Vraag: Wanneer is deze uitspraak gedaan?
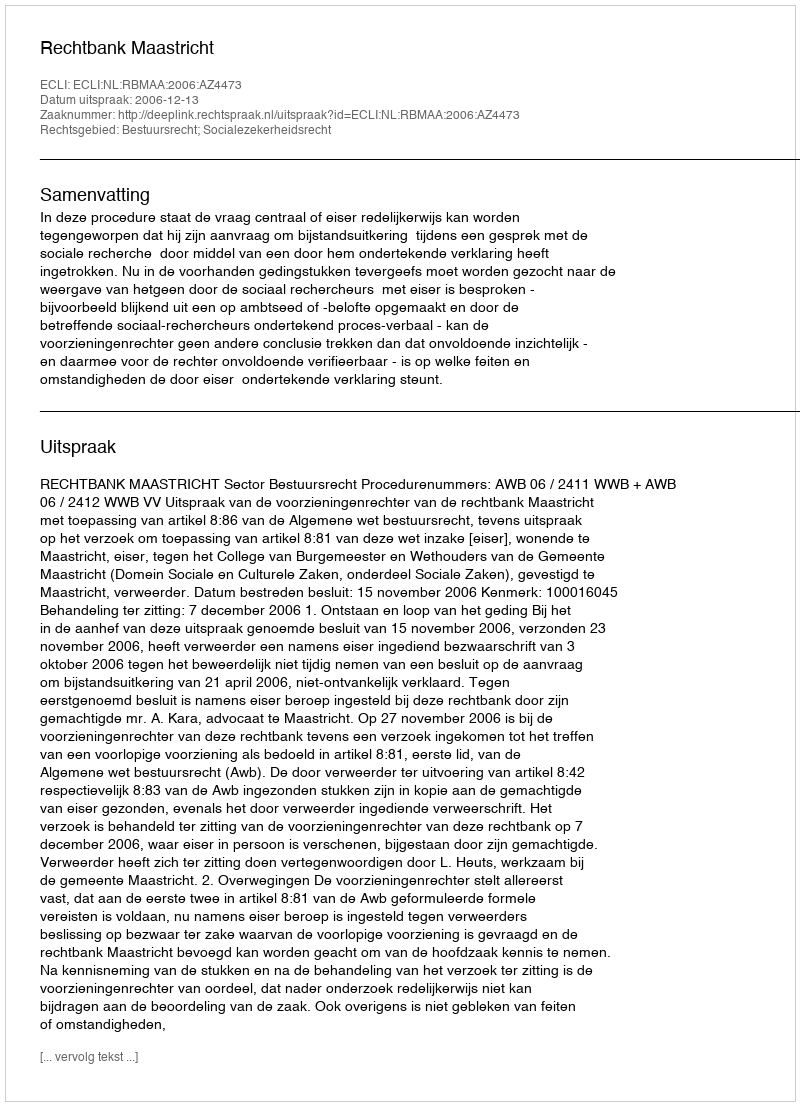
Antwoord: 2006-12-13